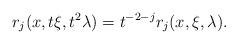
LaTeX: \begin{align*}r_j(x, t \xi, t^2 \lambda) = t^{-2-j} r_j(x, \xi, \lambda).\end{align*}